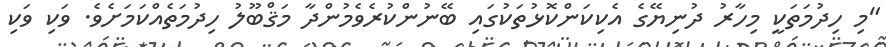
"މި ހިދުމަތަކީ މިހާރު ދުނިޔޭގެ އެކިކަންކޮޅުތަކުގައި ބޭނުންކުރެވެމުންދާ މަޤްބޫލު ހިދުމަތެއްކަމަށެވެ. ވަކި ވަކި